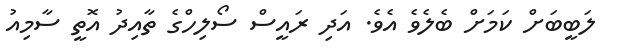
ލަބީބަށް ކަމަށް ބެލެވެ އެވެ. އަދި ރައީސް ސޯލިހްގެ ތާއިދު އޮތީ ސާމިއު